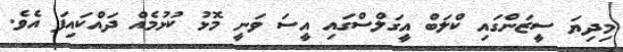
މިދިޔަ ސީޒަންގައި ކްލަބް އީގަލްސްގައި އީސަ ވަނީ މޮޅު ކުޅުމެއް ދައްކައިފަ އެވެ.